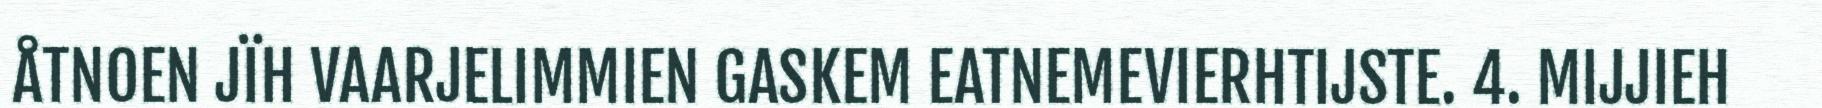
ÅTNOEN JÏH VAARJELIMMIEN GASKEM EATNEMEVIERHTIJSTE. 4. MIJJIEH